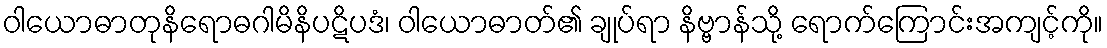
ဝါယောဓာတုနိရောဓဂါမိနိပဋိပဒံ၊ ဝါယောဓာတ်၏ ချုပ်ရာ နိဗ္ဗာန်သို့ ရောက်ကြောင်းအကျင့်ကို။